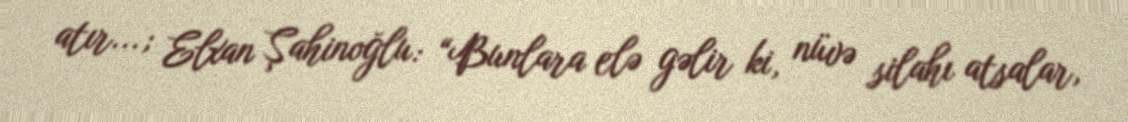
atır...; Elxan Şahinoğlu: “Bunlara elə gəlir ki, nüvə silahı atsalar,